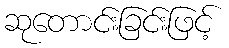
ဆုတောင်းခြင်းဖြင့်